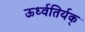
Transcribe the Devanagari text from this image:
ऊर्ध्वतिर्यक्‌